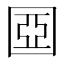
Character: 𡈀